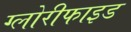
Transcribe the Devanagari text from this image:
ग्लोरीफाइड